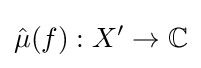
{\hat {\mu }}(f):X'\to \mathbb {C}